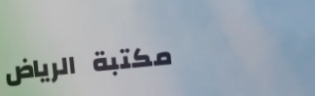
مكتبة الرياض